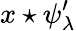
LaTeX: x\star\psi_{\lambda}^{\prime}